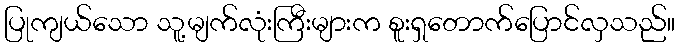
ပြုကျယ်သော သူ့မျက်လုံးကြီးများက စူးရှတောက်ပြောင်လှသည်။